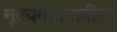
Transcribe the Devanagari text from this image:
मूल्यमापनातील